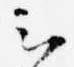
云